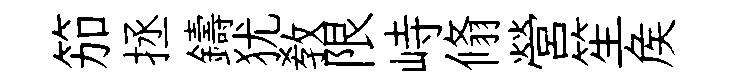
笳拯鑄犹敎限峙翛營笙矦